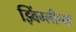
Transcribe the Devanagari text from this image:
झ्विंग्लीच्या